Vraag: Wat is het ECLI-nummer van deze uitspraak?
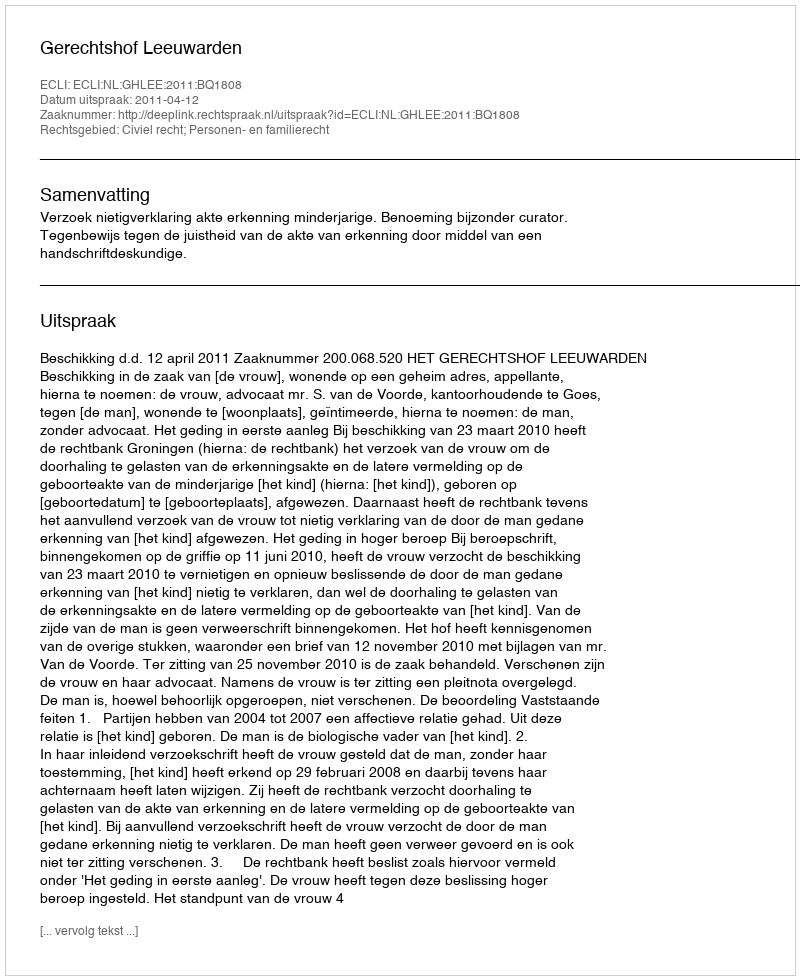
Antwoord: ECLI:NL:GHLEE:2011:BQ1808